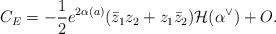
LaTeX: \begin{align*}C_E=-\frac{1}{2}e^{2\alpha(a)}(\bar{z}_1z_2+z_1\bar{z}_2)\mathcal{H}(\alpha^{\vee}) +O. \end{align*}